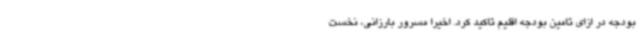
بودجه در ازای تامین بودجه اقلیم تاکید کرد. اخیرا مسرور بارزانی، نخست